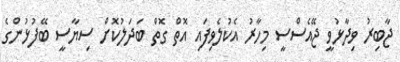
ޖާބިރު ވިދާޅުވީ ޖޭއެސްސީ މިހާރު އެކުލެވިފައި އޮތް ގޮތް ބަދަލުކޮށް ސިޔާސީ ބޭފުޅުންގެ